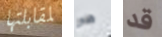
لمقابلتها هو قد